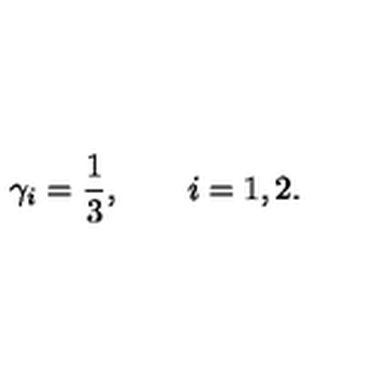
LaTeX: \gamma _ { i } = \frac { 1 } { 3 } , \qquad i = 1 , 2 .